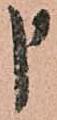
申